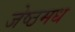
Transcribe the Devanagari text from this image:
जेष्ठमध